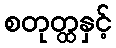
စတုတ္ထနှင့်